Civil Veterinary Department Bihar & Orissa reports 1929-36 - 1929-1936
Year: 1929
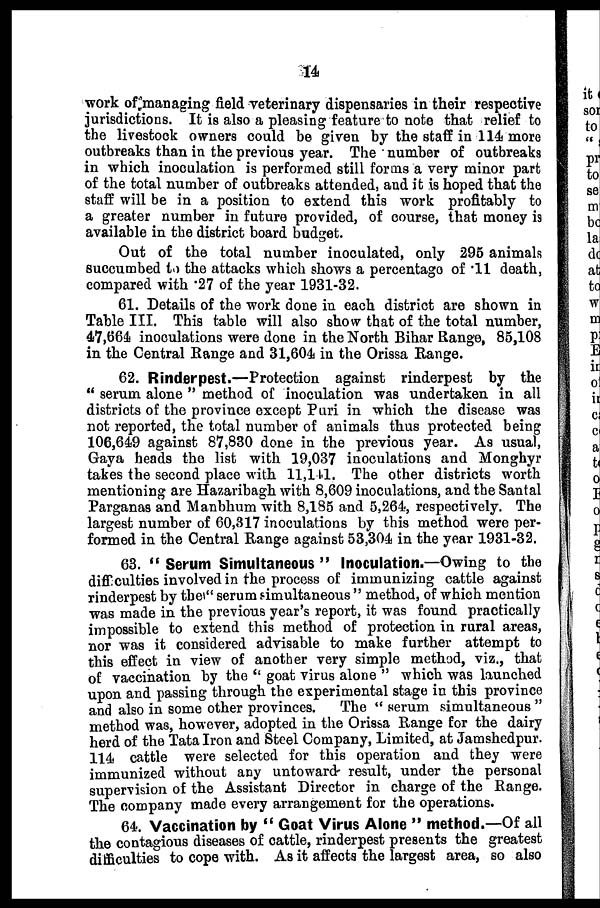
14
work of managing field veterinary dispensaries in their respective
jurisdictions. It is also a pleasing feature to note that relief to
the livestock owners could be given by the staff in 114 more
outbreaks than in the previous year. The number of outbreaks
in which inoculation is performed still forms a very minor part
of the total number of outbreaks attended, and it is hoped that the
staff will be in a position to extend this work profitably to
a greater number in future provided, of course, that money is
available in the district board budget.
Out of the total number inoculated, only 295 animals
succumbed to the attacks which shows a percentage of .11 death,
compared with .27 of the year 1931-32.
61. Details of the work done in each district are shown in
Table III. This table will also show that of the total number,
47,664 inoculations were done in the North Bihar Range, 85,108
in the Central Range and 31,604 in the Orissa Range.
62. Rinderpest.—Protection against rinderpest by the
" serum alone " method of inoculation was undertaken in all
districts of the province except Puri in which the disease was
not reported, the total number of animals thus protected being
106,649 against 87,830 done in the previous year. As usual,
Gaya heads the list with 19,037 inoculations and Monghyr
takes the second place with 11,141. The other districts worth
mentioning are Hazaribagh with 8,609 inoculations, and the Santal
Parganas and Manbhum with 8,185 and 5,264, respectively. The
largest number of 60,317 inoculations by this method were per-
formed in the Central Range against 53,304 in the year 1931-32.
63. " Serum Simultaneous " Inoculation.—Owing to the
difficulties involved in the process of immunizing cattle against
rinderpest by they " serum simultaneous " method, of which mention
was made in the previous year's report, it was found practically
impossible to extend this method of protection in rural areas,
nor was it considered advisable to make further attempt to
this effect in view of another very simple method, viz., that
of vaccination by the '' goat virus alone " which was launched
upon and passing through the experimental stage in this province
and also in some other provinces.
The " serum simultaneous "
method was, however, adopted in the Orissa Range for the dairy
herd of the Tata Iron and Steel Company, Limited, at Jamshedpur.
114 cattle were selected for this operation and they were
immunized without any untoward result, under the personal
supervision of the Assistant Director in charge of the Range.
The company made every arrangement for the operations.
64. Vaccination by " Goat Virus Alone " method.—Of all
the contagious diseases of cattle, rinderpest presents the greatest
difficulties to cope with. As it affects the largest area, so also